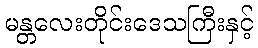
မန္တလေးတိုင်းဒေသကြီးနှင့်